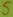
Text: 5